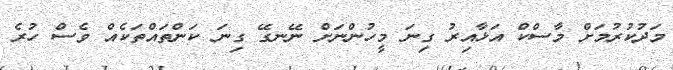
މަދުކުރުމަށް މާސްކް އަޅާއިރު ގިނަ މީހުންނަށް ނޭނގޭ ގިނަ ކަންތައްތަކެއް ވެސް ހުރެ